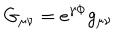
G _ { \mu \nu } = e ^ { \gamma \Phi } g _ { \mu \nu }